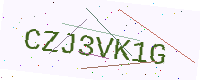
Text: CZJ3VK1G